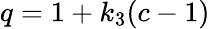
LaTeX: q=1+k_{3}(c-1)